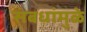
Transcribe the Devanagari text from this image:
संबधांमुळे